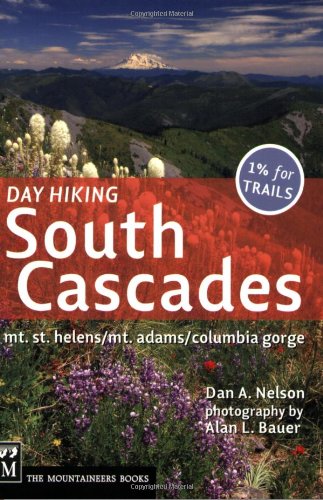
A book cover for Day Hiking, South Cascades: Mt. St. Helens / Mt. Adams / Columbia Gorge (Done in a Day); Dan Nelson; Travel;